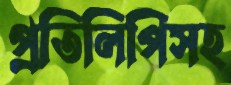
প্রতিলিপিসহ